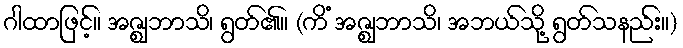
ဂါထာဖြင့်။ အဇ္ဈဘာသိ၊ ရွတ်၏။ (ကိံ အဇ္ဈဘာသိ၊ အဘယ်သို့ ရွတ်သနည်း။)